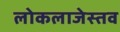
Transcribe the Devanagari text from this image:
लोकलाजेस्तव